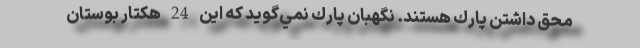
محق داشتن پارك هستند. نگهبان پارك نمي‌گويد كه اين 24 هكتار بوستان